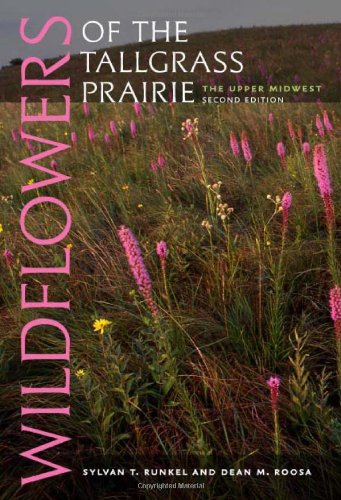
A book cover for Wildflowers of the Tallgrass Prairie: The Upper Midwest (Bur Oak Guide); Sylvan T. Runkel; Crafts, Hobbies & Home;